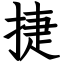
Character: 捷